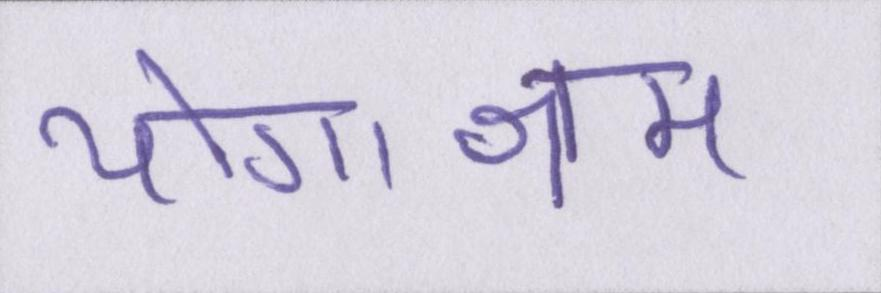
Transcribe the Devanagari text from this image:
योगाश्रम